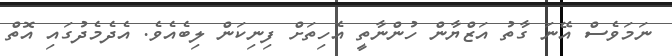
ނަމަވެސް އޭނަ ގާތު އަޒްޔާން ހުންނާތީ އެހިތަށް ފިނިކަން ލިބެއެވެ. އެދެމެދުގައި އޮތް